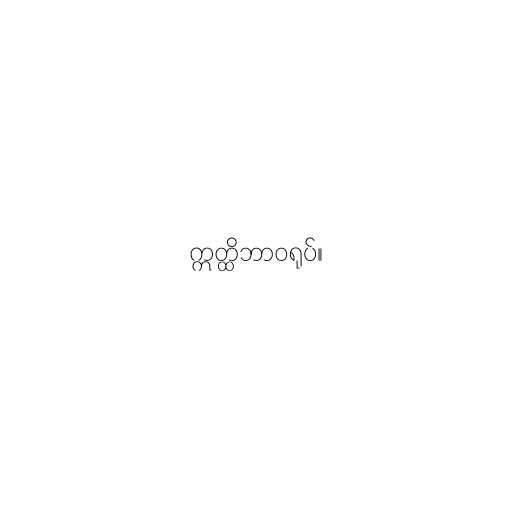
ဣတ္ထိဘာဝရုပ်။